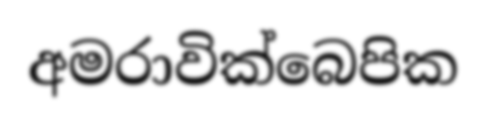
අමරාවික්බෙපික